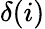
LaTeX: \delta(i)